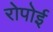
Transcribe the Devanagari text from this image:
रोपोई